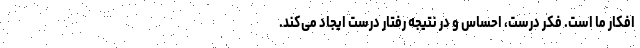
افکار ما است. فکر درست، احساس و در نتیجه رفتار درست ایجاد می‌کند.